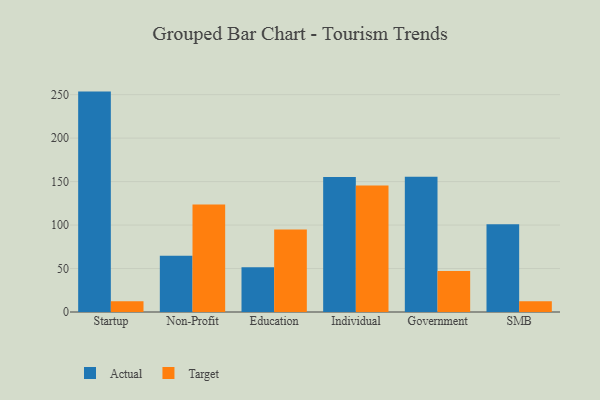
{"axis": {"x": "Segment", "y": "LTV (USD)"}, "legend": ["Actual", "Target"], "data": [{"x": "Startup", "y": 253.5, "type": "Actual"}, {"x": "Startup", "y": 12.5, "type": "Target"}, {"x": "Non-Profit", "y": 64.7, "type": "Actual"}, {"x": "Non-Profit", "y": 123.6, "type": "Target"}, {"x": "Education", "y": 51.6, "type": "Actual"}, {"x": "Education", "y": 94.9, "type": "Target"}, {"x": "Individual", "y": 155.3, "type": "Actual"}, {"x": "Individual", "y": 145.6, "type": "Target"}, {"x": "Government", "y": 155.6, "type": "Actual"}, {"x": "Government", "y": 47.3, "type": "Target"}, {"x": "SMB", "y": 100.9, "type": "Actual"}, {"x": "SMB", "y": 12.3, "type": "Target"}]}